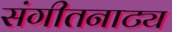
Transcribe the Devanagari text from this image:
संगीतनाट्य